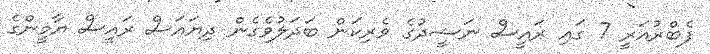
ފެބްރުއަރީ 7 ގައި ރައީސް ނަޝީދުގެ ވެރިކަން ބަދަލުވެގެން ދިޔައަސް ރައީސް ޔާމީންގެ